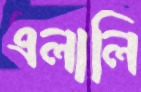
এলালি